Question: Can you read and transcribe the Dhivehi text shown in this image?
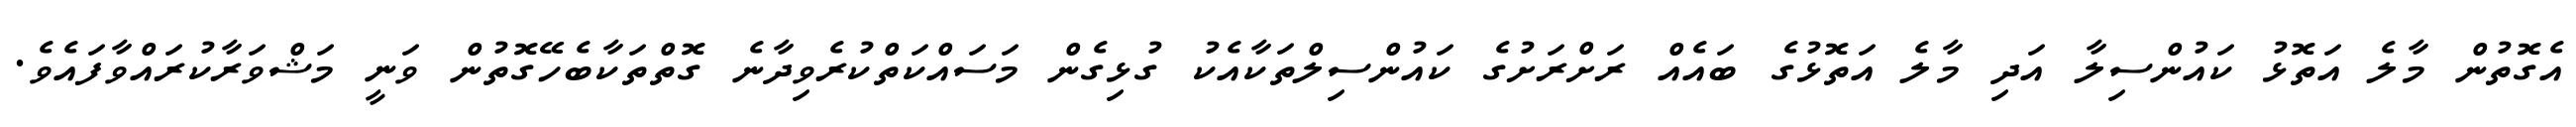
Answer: އެގޮތުން މާލެ އަތޮޅު ކައުންސިލާ އަދި މާލެ އަތޮޅުގެ ބައެއް ރަށްރަށުގެ ކައުންސިލްތަކާއެކު ގުޅިގެން މަސައްކަތްކުރެވިދާނެ ގޮތްތަކާބެހޭގޮތުން ވަނީ މަޝްވަރާކުރައްވާފައެވެ.